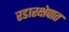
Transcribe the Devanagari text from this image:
रडारक्षेपात